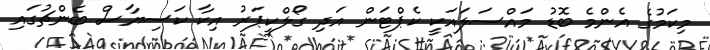
މިކަމުގެ އެންމެ ބޮޑު މައްސަލައަކީ ކެޕްޓަން އަދި ގޯލްކީޕަރު އިކާ ކަސިޔާސް ބެންޗުގައި